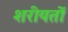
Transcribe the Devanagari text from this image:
शरीयतों